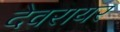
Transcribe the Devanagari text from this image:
देवरायर